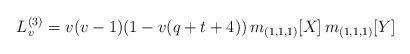
LaTeX: \begin{align*}L_v^{(3)} = v(v-1) (1-v(q+t+4))\, m_{(1,1,1)}[X]\, m_{(1,1,1)}[Y]\end{align*}